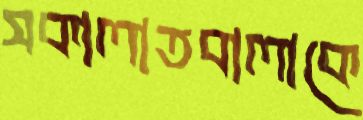
সকালাতবালাকে